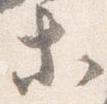
等